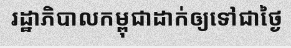
រដ្ឋាភិបាលកម្ពុជាដាក់ឲ្យទៅជាថ្ងៃ